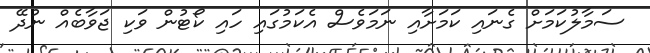
ސަމާލުކަމަށް ގެނައި ކަމަށާއި ނަމަވެސް އެކަމުގައި ހައި ކޯޓުން ވަކި ޖަވާބެއް ނުދޭ